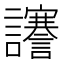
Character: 𧮎